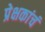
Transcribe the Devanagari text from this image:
प्रेक्षकांचं